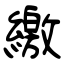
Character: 繳